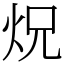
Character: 炾